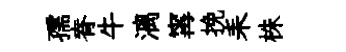
孺脊牛漓𡩋挽耒株